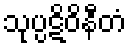
သုပ္ပဋိဝိနီတံ